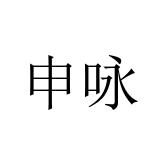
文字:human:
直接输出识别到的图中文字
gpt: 申咏